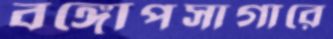
বঙ্গোপসাগারে